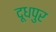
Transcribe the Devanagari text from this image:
दूधपुर